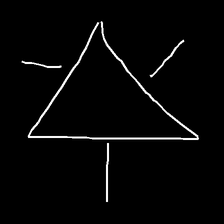
Glyph: fire